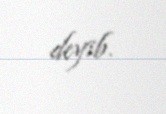
deyib.